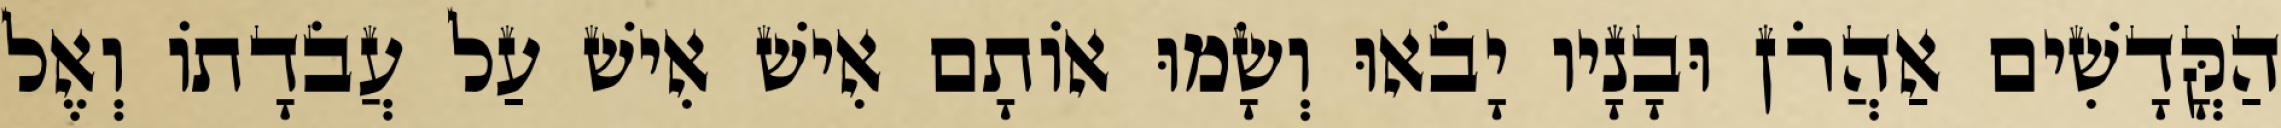
הַקֳּדָשִׁים אַהֲרֹן וּבָנָיו יָבֹאוּ וְשָׂמוּ אוֹתָם אִישׁ אִישׁ עַל עֲבֹדָתוֹ וְאֶל